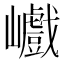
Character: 巇